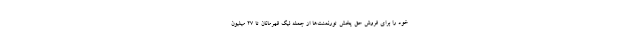
خود را برای فروش حق پخش تورنمنت‌ها از جمله لیگ قهرمانان تا 27 میلیون